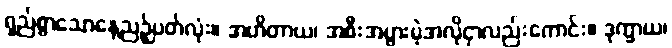
ရှည်စွာသောနေ့ညဉ့်ပတ်လုံး။ အဟိတာယ၊ အစီးအပွားမဲ့အလိုငှာလည်းကောင်း။ ဒုက္ခာယ၊